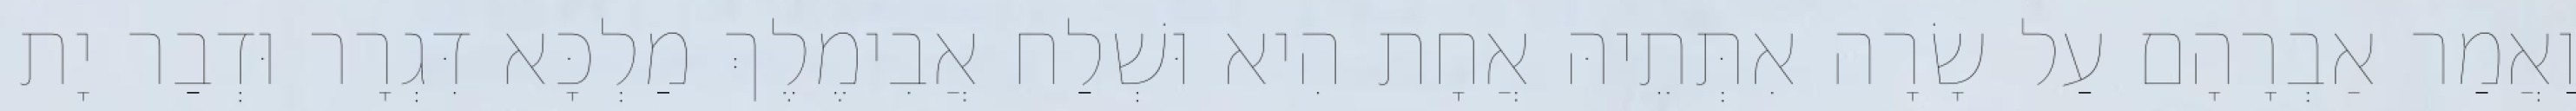
וַאֲמַר אַבְרָהָם עַל שָׂרָה אִתְּתֵיהּ אֲחָת הִיא וּשְׁלַח אֲבִימֶלֶךְ מַלְכָּא דִּגְרָר וּדְבַר יָת